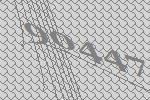
90447